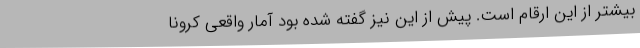
بیشتر از این ارقام است. پیش از این نیز گفته شده بود آمار واقعی کرونا